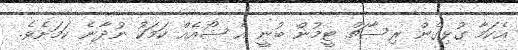
އެކަމާ ގުޅިގެން ރިސާޗް ޓީމުން ބުނީ އެ ޝޯއެއް ކަމަކު ނުދާނެ ކަމަށެވެ.